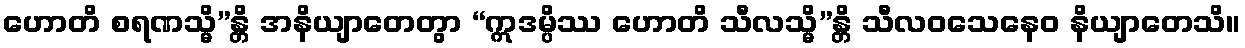
ဟောတိ စရဏသ္မိ”န္တိ အနိယျာတေတွာ “ဣဒမ္ပိဿ ဟောတိ သီလသ္မိ”န္တိ သီလဝသေနေဝ နိယျာတေသိ။